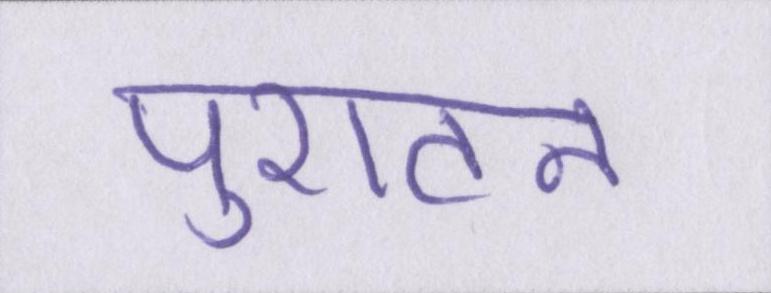
पुरातन